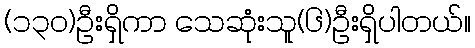
(၁၃၀)ဦးရှိကာ သေဆုံးသူ(၆)ဦးရှိပါတယ်။